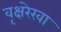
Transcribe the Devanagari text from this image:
वृक्षरेखा